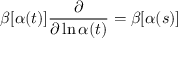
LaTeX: \beta [ \alpha ( t ) ] \frac { \partial } { \partial \ln \alpha ( t ) } = \beta [ \alpha ( s ) ]